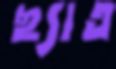
ছ্যাত